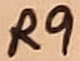
Text: R9